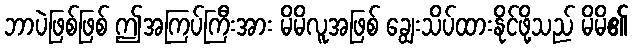
ဘာပဲဖြစ်ဖြစ် ဤအကြပ်ကြီးအား မိမိလူအဖြစ် ချွေးသိပ်ထားနိုင်ဖို့သည် မိမိ၏